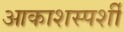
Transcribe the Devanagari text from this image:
आकाशस्पर्शी